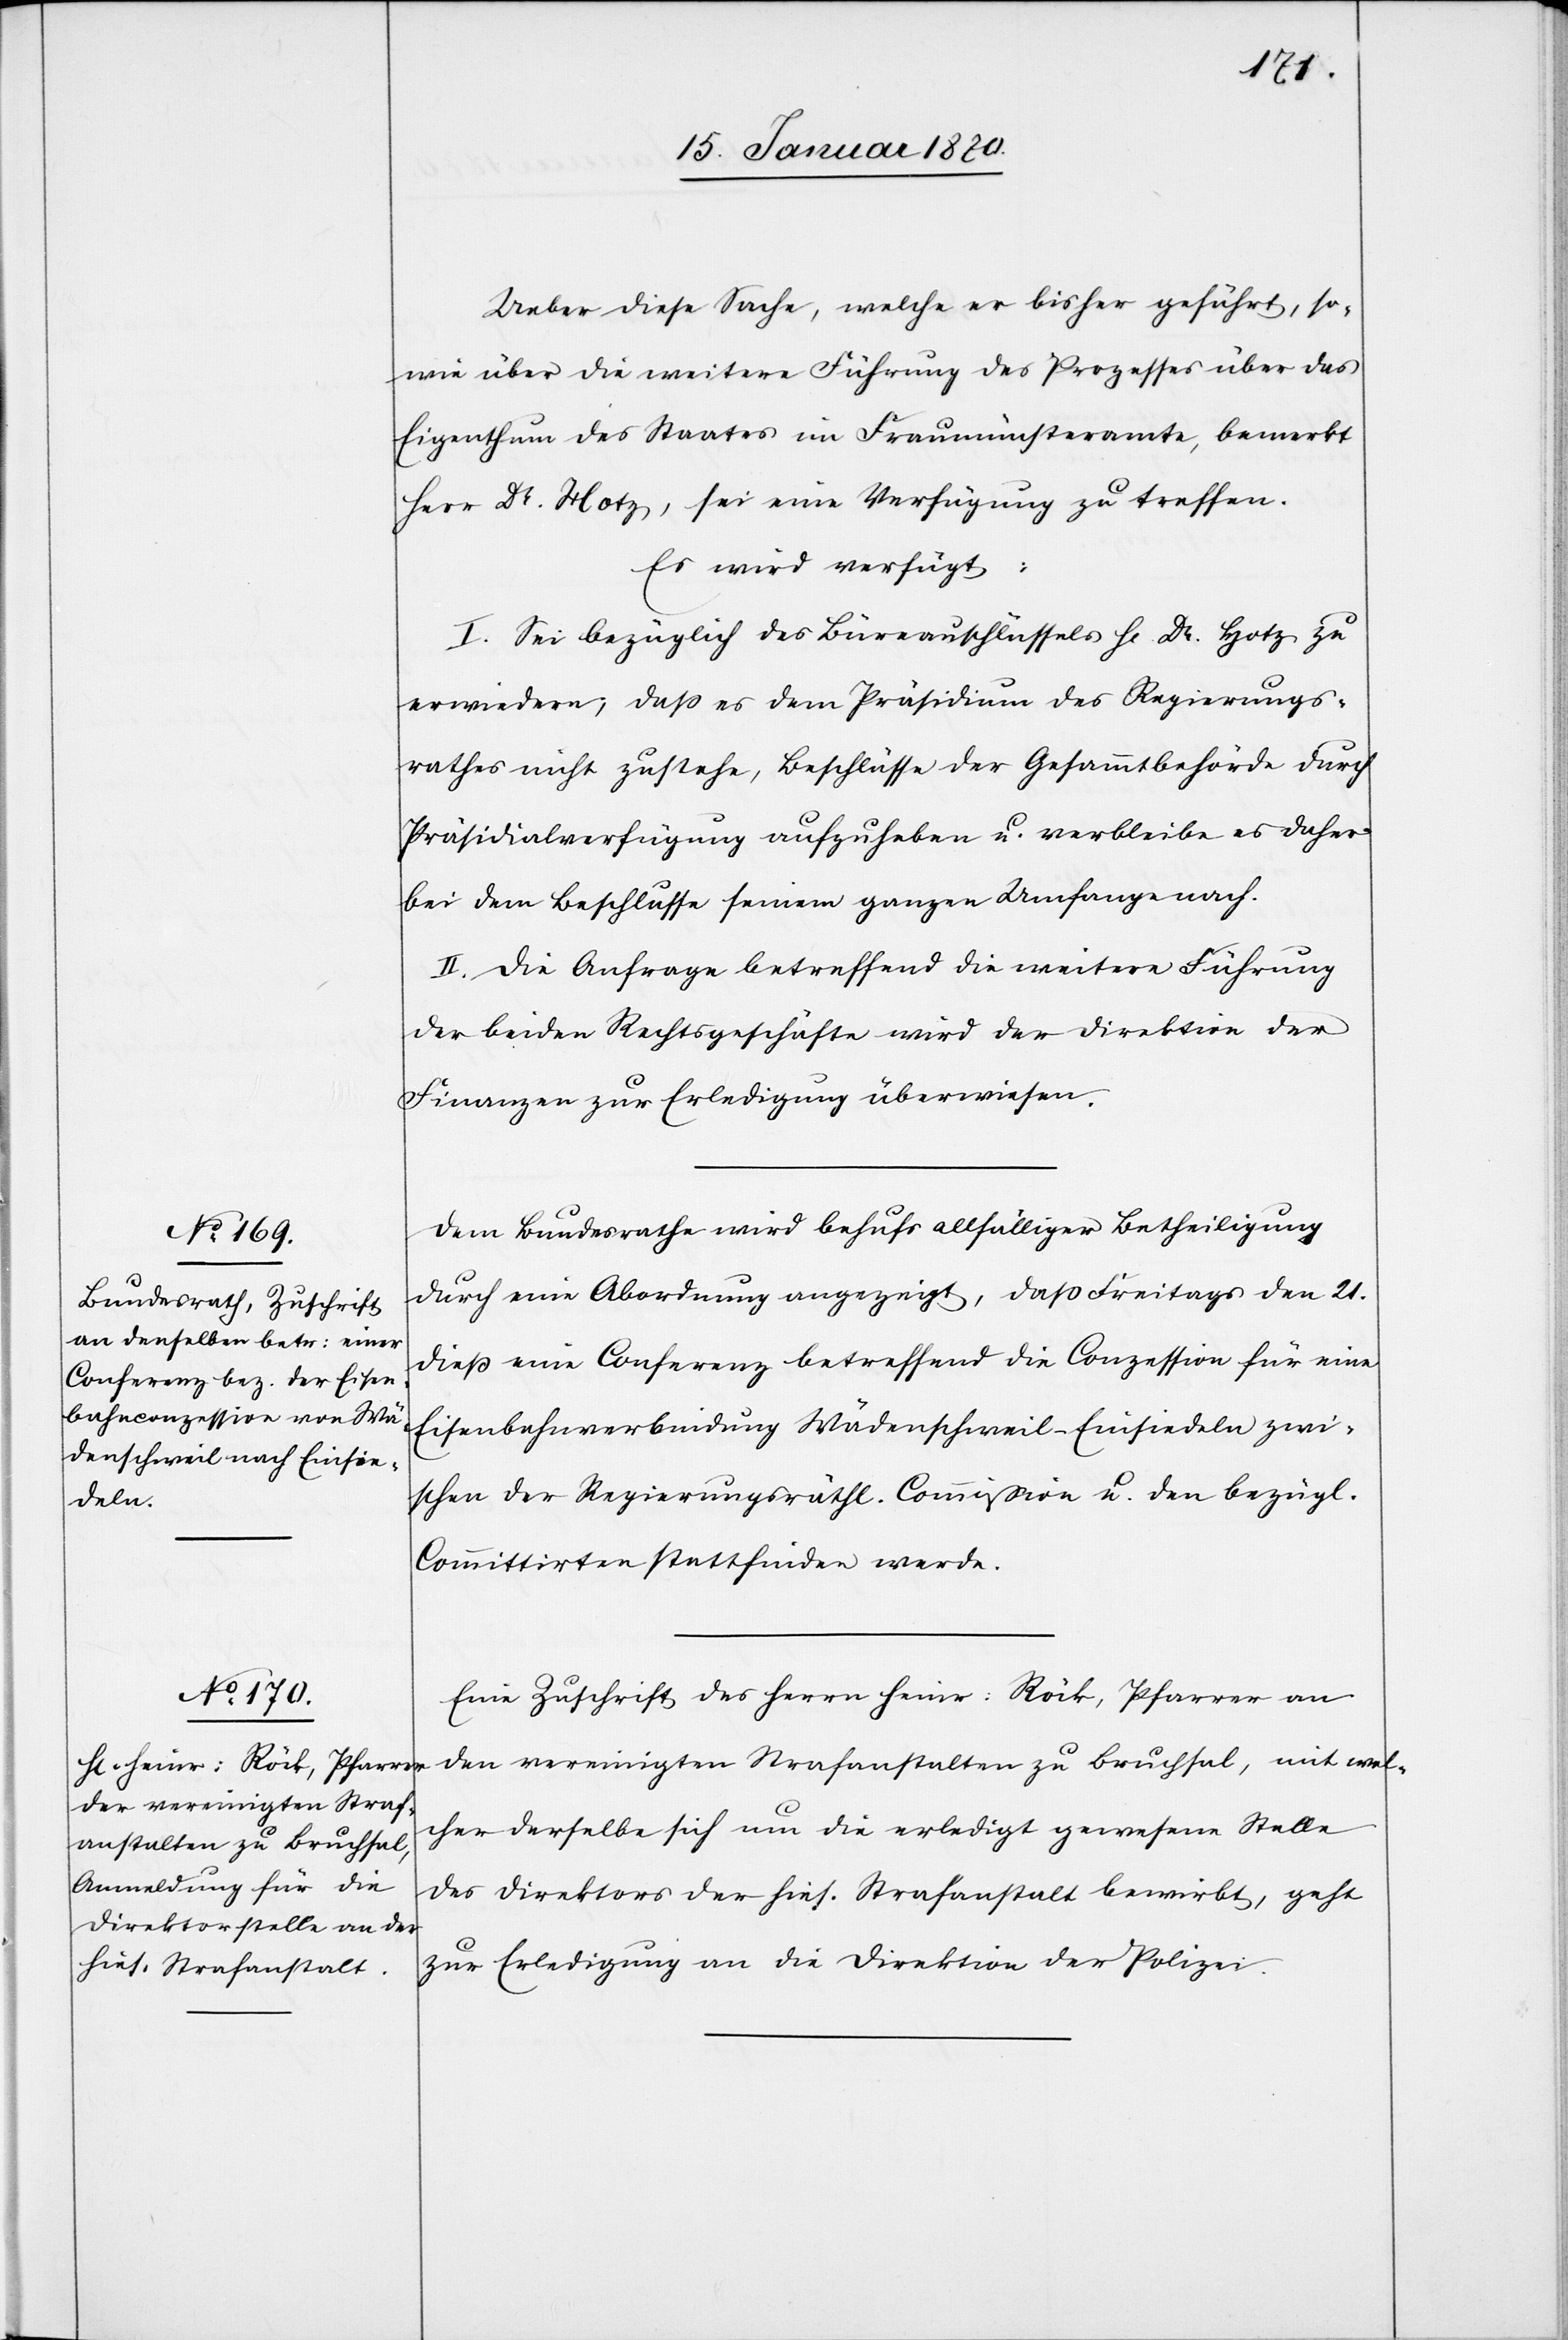
Ueber diese Sache, welche er bisher geführt, so¬
wie über die weitere Führung des Prozesses über das
Eigenthum des Staates im Fraumünsteramte, bemerkt
Herr Dr. Hotz, sei eine Verfügung zu treffen.
Es wird verfügt:
I. Sei bezüglich des Büreauschlüssels H[errn] Dr. Hotz zu
erwiedern, daß es dem Präsidium des Regierungs¬
rathes nicht zustehe, Beschlüsse der Gesammtbehörde durch
Präsidialverfügung aufzuheben u. verbleibe es daher
bei dem Beschlusse seinem ganzen Umfange nach.
II. Die Anfrage betreffend die weitere Führung
der beiden Rechtsgeschäfte wird der Direktion der
Finanzen zur Erledigung überwiesen.
Dem Bundesrathe wird behufs allfälliger Betheiligung
durch eine Abordnung angezeigt, daß Freitags den 21.
dieß eine Conferenz betreffend die Conzession für eine
Eisenbahnverbindung Wädenschweil–Einsiedeln zwi¬
schen der Regierungsräthl. Commission u. den bezügl.
Committirten stattfinden werde.
Eine Zuschrift des Herrn Heinr: Röck, Pfarrer an
den vereinigten Strafanstalten zu Bruchsal, mit wel¬
cher derselbe sich um die erledigt gewesene Stelle
des Direktors der hies. Strafanstalt bewirbt, geht
zur Erledigung an die Direktion der Polizei.